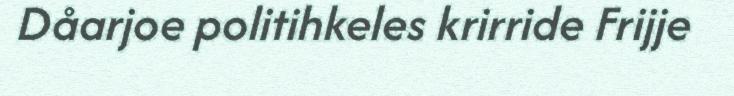
Dåarjoe politihkeles krirride Frijje